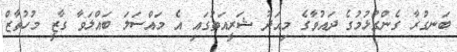
ބަނގުރާ ގެންގުޅުމުގެ ދައުވާގެ މިއަދު ޝަރީއަތުގައި އެ މައްސަލަ ބައްލަވާ ގާޒީ މުހުތާޒް